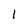
Character: 1